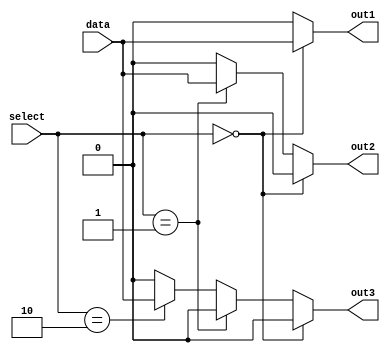
module demultiplexer(input data, input [1:0] select, output reg out1, out2, out3);

always @(*)
begin
    if(select == 2'b00)
    begin
        out1 = data;
        out2 = 0;
        out3 = 0;
    end
    else if(select == 2'b01)
    begin
        out1 = 0;
        out2 = data;
        out3 = 0;
    end
    else if(select == 2'b10)
    begin
        out1 = 0;
        out2 = 0;
        out3 = data;
    end
    else
    begin
        out1 = 0;
        out2 = 0;
        out3 = 0;
    end
end

endmodule